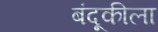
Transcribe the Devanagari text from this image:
बंदूकीला